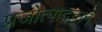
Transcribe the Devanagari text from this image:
प्रजोत्पादनाने